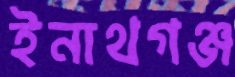
ইনাথগঞ্জ